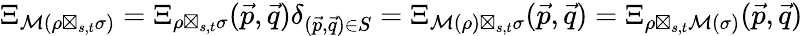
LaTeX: \Xi_{\mathcal M(\rho\boxtimes_{s,t}\sigma)}=\Xi_{\rho\boxtimes_{s,t}\sigma}(\vec{p},\vec{q})\delta_{(\vec{p},\vec{q})\in S}=\Xi_{\mathcal M(\rho)\boxtimes_{s,t}\sigma}(\vec{p},\vec{q})=\Xi_{\rho\boxtimes_{s,t}\mathcal M(\sigma)}(\vec{p},\vec{q})